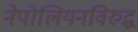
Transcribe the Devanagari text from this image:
नेपोलियनविरुद्ध